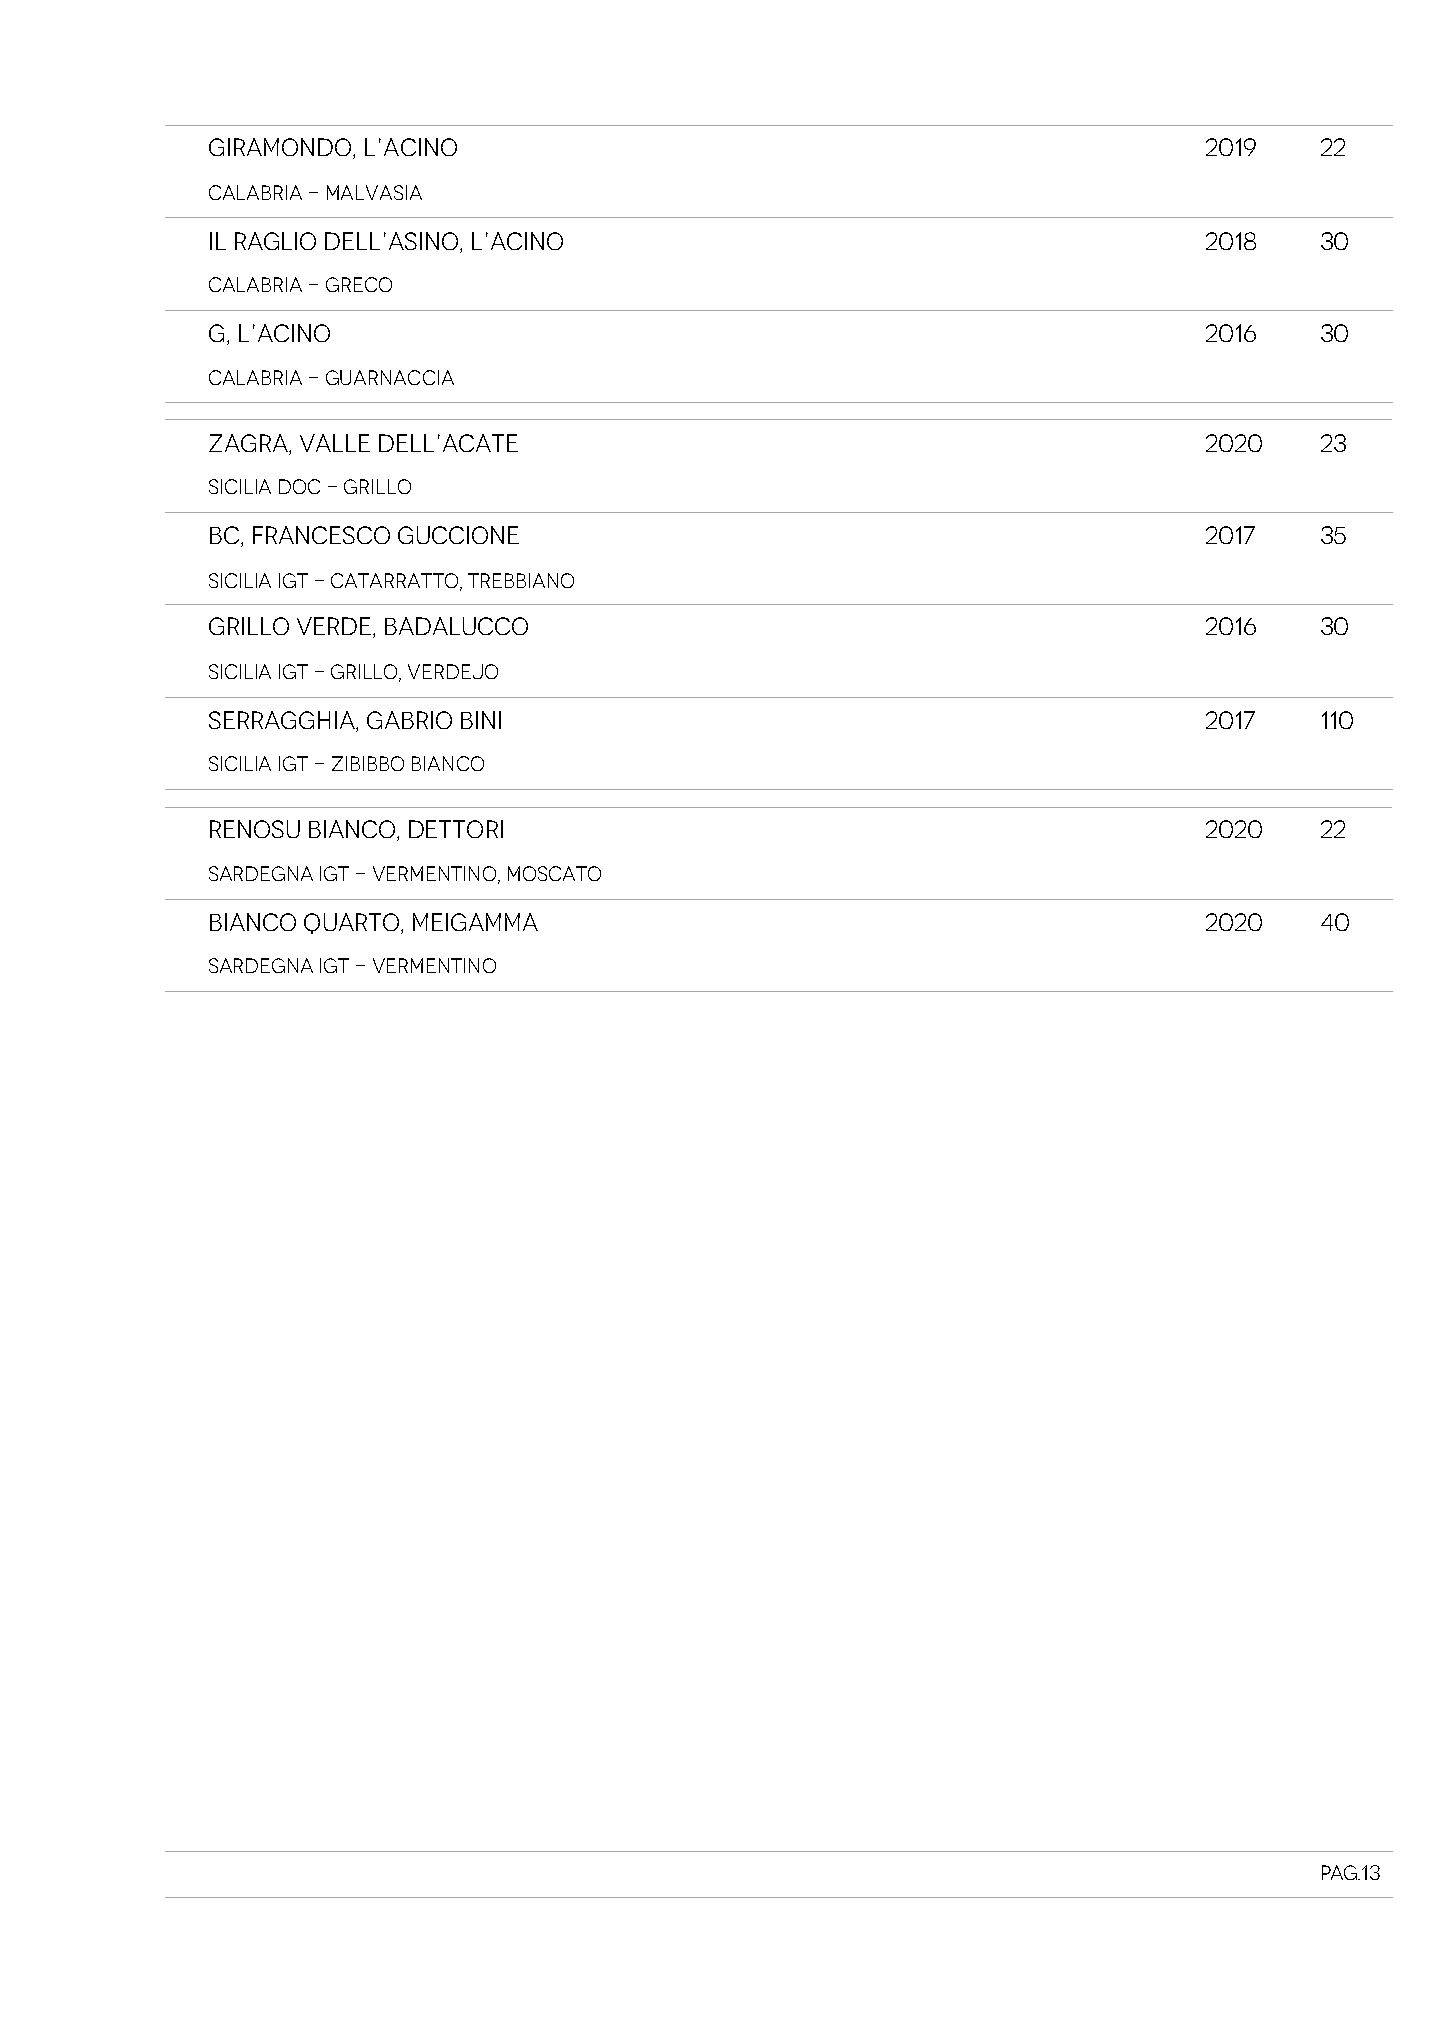
GIRAMONDO, L’ACINO                                                2019   22
 Calabria - Malvasia
 IL RAGLIO DELL’ASINO, L’ACINO                                     2018   30
 Calabria - Greco
 G, L’ACINO                                                        2016   30
 Calabria - Guarnaccia
 ZAGRA, VALLE DELL’ACATE                                           2020   23
 Sicilia DOC - GRILLO
 BC, FRANCESCO GUCCIONE                                            2017   35
 Sicilia IGT - Catarratto, Trebbiano
 GRILLO VERDE, BADALUCCO                                           2016   30
 Sicilia IGT - Grillo, Verdejo
 SERRAGGHIA, GABRIO BINI                                           2017   110
 Sicilia IGT - Zibibbo Bianco
 RENOSU BIANCO, DETTORI                                            2020   22
 Sardegna IGT - Vermentino, Moscato
 BIANCO QUARTO, MEIGAMMA                                           2020   40
 Sardegna IGT - Vermentino
 Pag.13